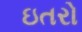
ઇતરો